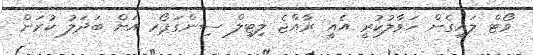
ވޯޓް ލައިގެން ހަވާލުކުރީ އެއީ ރާއްޖެ ލިޓިލް ސިންގަޕޯރ އަށް ބަދަލު ކުރަން